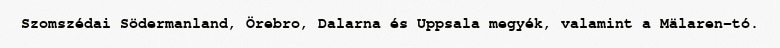
Szomszédai Södermanland, Örebro, Dalarna és Uppsala megyék, valamint a Mälaren-tó.